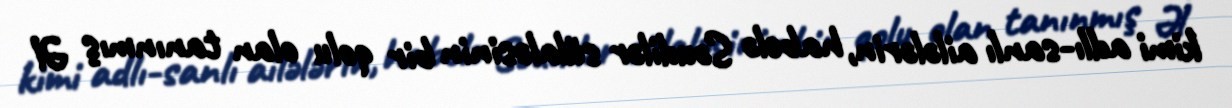
kimi adlı-sanlı ailələrin, habelə Səudilər sülaləsinin bir qolu olan tanınmış Əl